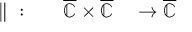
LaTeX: \begin{array} { r l r l } { { } \parallel { } : } & { { } } & { { \overline { { \mathbb { C } } } } \times { \overline { { \mathbb { C } } } } } & { { } \to { \overline { { \mathbb { C } } } } } \end{array}